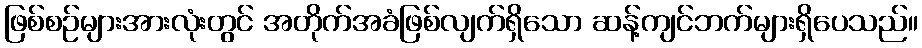
ဖြစ်စဉ်များအားလုံးတွင် အတိုက်အခံဖြစ်လျက်ရှိသော ဆန့်ကျင်ဘက်များရှိပေသည်။